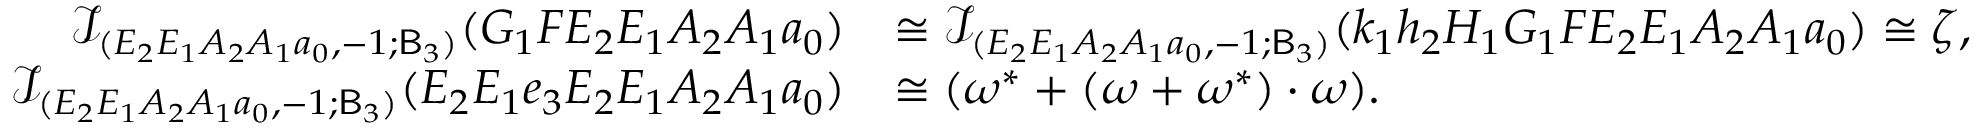
\begin{array} { r l } { \mathcal { I } _ { ( E _ { 2 } E _ { 1 } A _ { 2 } A _ { 1 } a _ { 0 } , - 1 ; \mathsf { B } _ { 3 } ) } ( G _ { 1 } F E _ { 2 } E _ { 1 } A _ { 2 } A _ { 1 } a _ { 0 } ) } & { \cong \mathcal { I } _ { ( E _ { 2 } E _ { 1 } A _ { 2 } A _ { 1 } a _ { 0 } , - 1 ; \mathsf { B } _ { 3 } ) } ( k _ { 1 } h _ { 2 } H _ { 1 } G _ { 1 } F E _ { 2 } E _ { 1 } A _ { 2 } A _ { 1 } a _ { 0 } ) \cong \zeta , } \\ { \mathcal { I } _ { ( E _ { 2 } E _ { 1 } A _ { 2 } A _ { 1 } a _ { 0 } , - 1 ; \mathsf { B } _ { 3 } ) } ( E _ { 2 } E _ { 1 } e _ { 3 } E _ { 2 } E _ { 1 } A _ { 2 } A _ { 1 } a _ { 0 } ) } & { \cong ( \omega ^ { * } + ( \omega + \omega ^ { * } ) \cdot \omega ) . } \end{array}